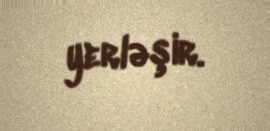
yerləşir.